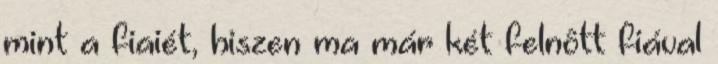
mint a fiaiét, hiszen ma már két felnôtt fiával